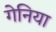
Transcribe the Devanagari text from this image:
गेनिया